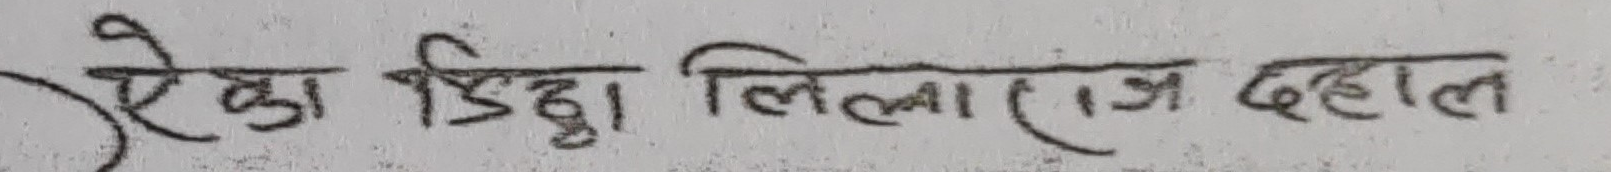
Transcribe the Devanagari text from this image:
एका डिडा लिलाराज दहाल